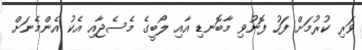
ވަރި ކުރުމަށް ފަހު ފޮނުވި މާބޮނޑި އާއި ލޯބީގެ މެސެޖާއި އެކު އެންމެނަށް